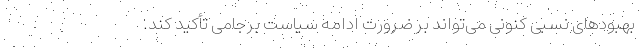
بهبودهای نسبی کنونی می‌تواند بر ضرورت ادامه سیاست برجامی تأکید کند.